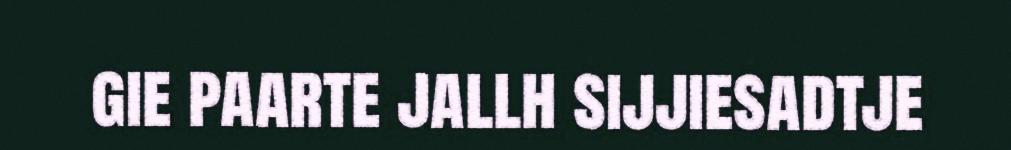
gie paarte jallh sijjiesadtje